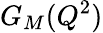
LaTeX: G_{M}(Q^{2})